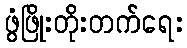
ဖွံဖြိုးတိုးတက်ရေး